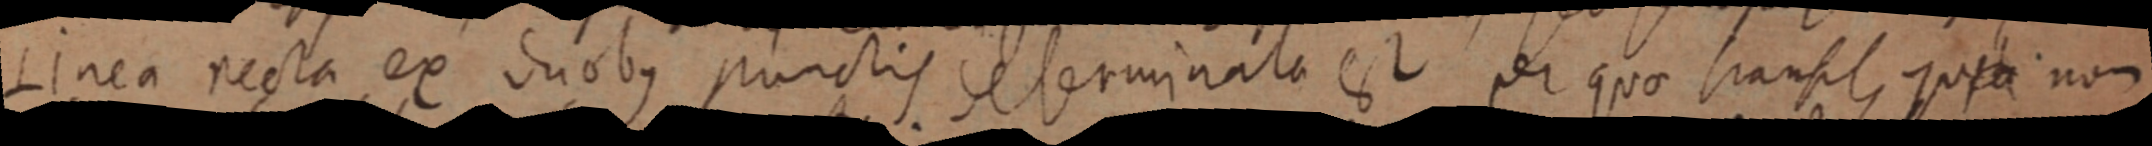
Linea recta ex duobus punctis determinata est per quo transit, quia non